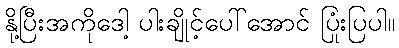
နို့ပြီးအကိုဒေါ့ ပါးချိုင့်ပေါ်အောင် ပြုံးပြပါ။